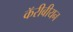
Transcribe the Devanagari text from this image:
कॅरीबीयन